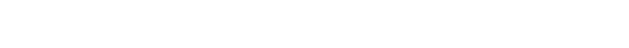
ဒီရွာကလူတွေ တော်တော်များများက ဟိုဘက်မြို့ကို သွားအလုပ်လုပ်ကြပေမယ့် ဦးလေးကတော့